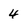
Character: 4